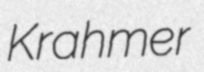
Krahmer